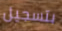
بتسجيل